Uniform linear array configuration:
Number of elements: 24
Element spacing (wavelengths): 0.25
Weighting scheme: hann
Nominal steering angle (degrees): -60
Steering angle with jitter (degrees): -60.63
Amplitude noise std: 0.05
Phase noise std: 0.05

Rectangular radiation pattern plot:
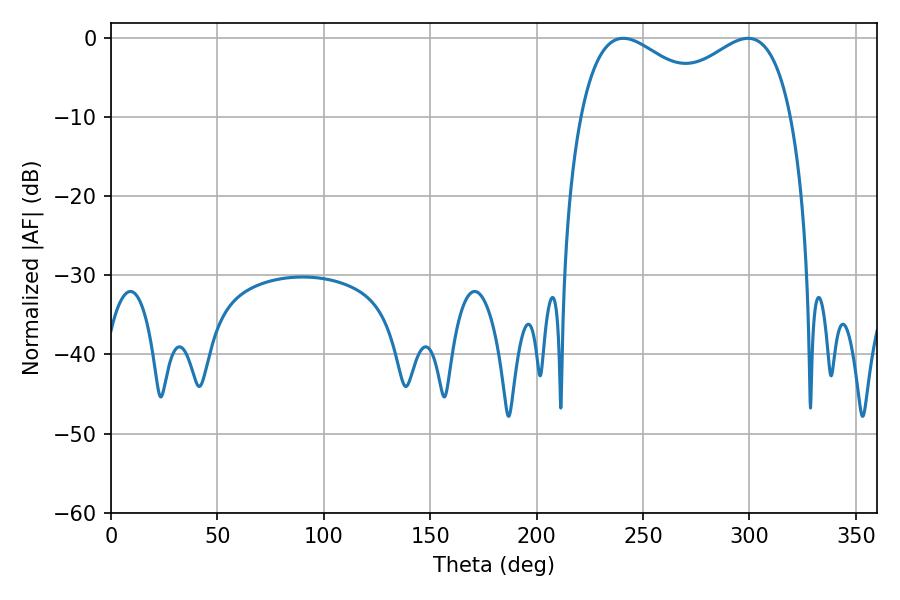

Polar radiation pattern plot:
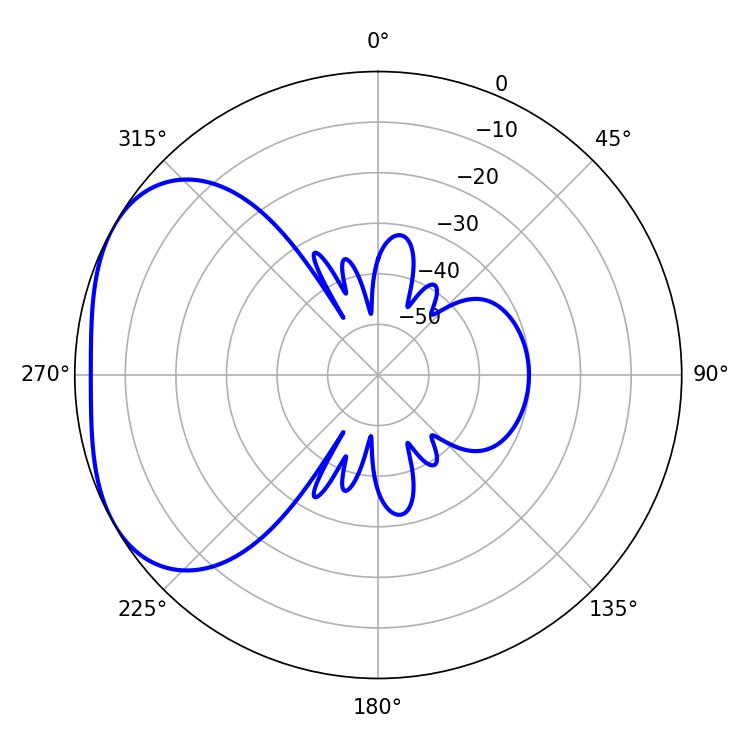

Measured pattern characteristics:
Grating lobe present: FALSE
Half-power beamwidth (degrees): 36.9
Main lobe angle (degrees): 240.66